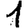
Digit: 1